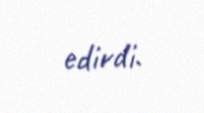
edirdi.